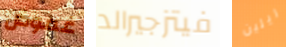
غموض فيتزجيرالد ريلين